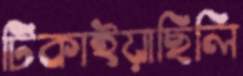
টিকাইয়াছিলি